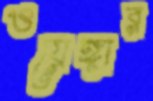
ওয়েঙ্গার